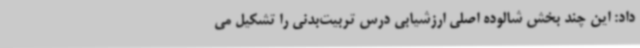
داد: این چند بخش شالوده اصلی ارزشیابی درس تربیت‌بدنی را تشکیل می‌